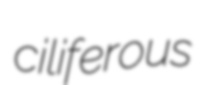
ciliferous